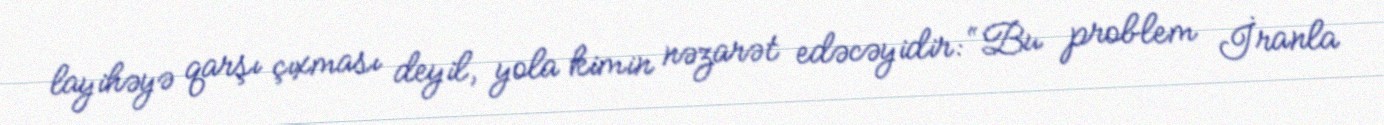
layihəyə qarşı çıxması deyil, yola kimin nəzarət edəcəyidir: “Bu problem İranla